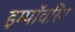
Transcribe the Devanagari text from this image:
इम्पॉवरिंग